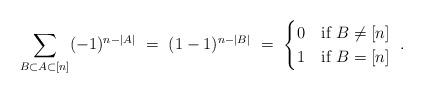
LaTeX: \begin{align*} \sum_{B\subset A\subset[n]} (-1)^{n-|A|}\ =\ (1-1)^{n-|B|}\ =\ \begin{cases} 0 & \mbox{if }B\neq [n]\\ 1 & \mbox{if }B=[n] \end{cases}\ .\end{align*}